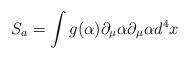
LaTeX: \begin{align*}S_{a}=\int g(\alpha )\partial_\mu \alpha \partial_\mu \alpha d^4x\end{align*}